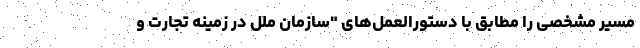
مسیر مشخصی را مطابق با دستورالعمل‌های "سازمان ملل در زمینه تجارت و